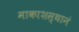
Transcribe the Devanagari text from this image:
माकाशस्थानं